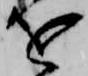
を